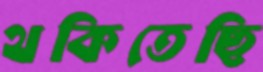
থকিতেছি